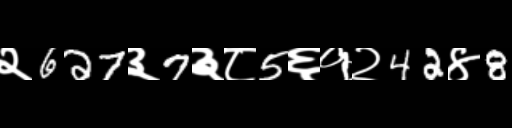
Text: २627३7३८5६१२42४8